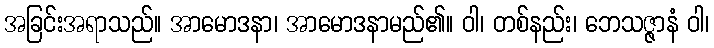
အခြင်းအရာသည်။ အာမောဒနာ၊ အာမောဒနာမည်၏။ ဝါ၊ တစ်နည်း၊ ဘေသဇ္ဇာနံ ဝါ၊